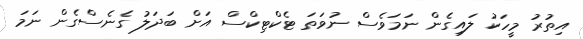
އިތުރު މީހަކު ލައިގެން ނަމަވެސް ނުވަތަ ޓެކްޓިކްސް އަށް ބަދަލު ގެނެސްގެން ނަމަ